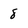
Character: 8